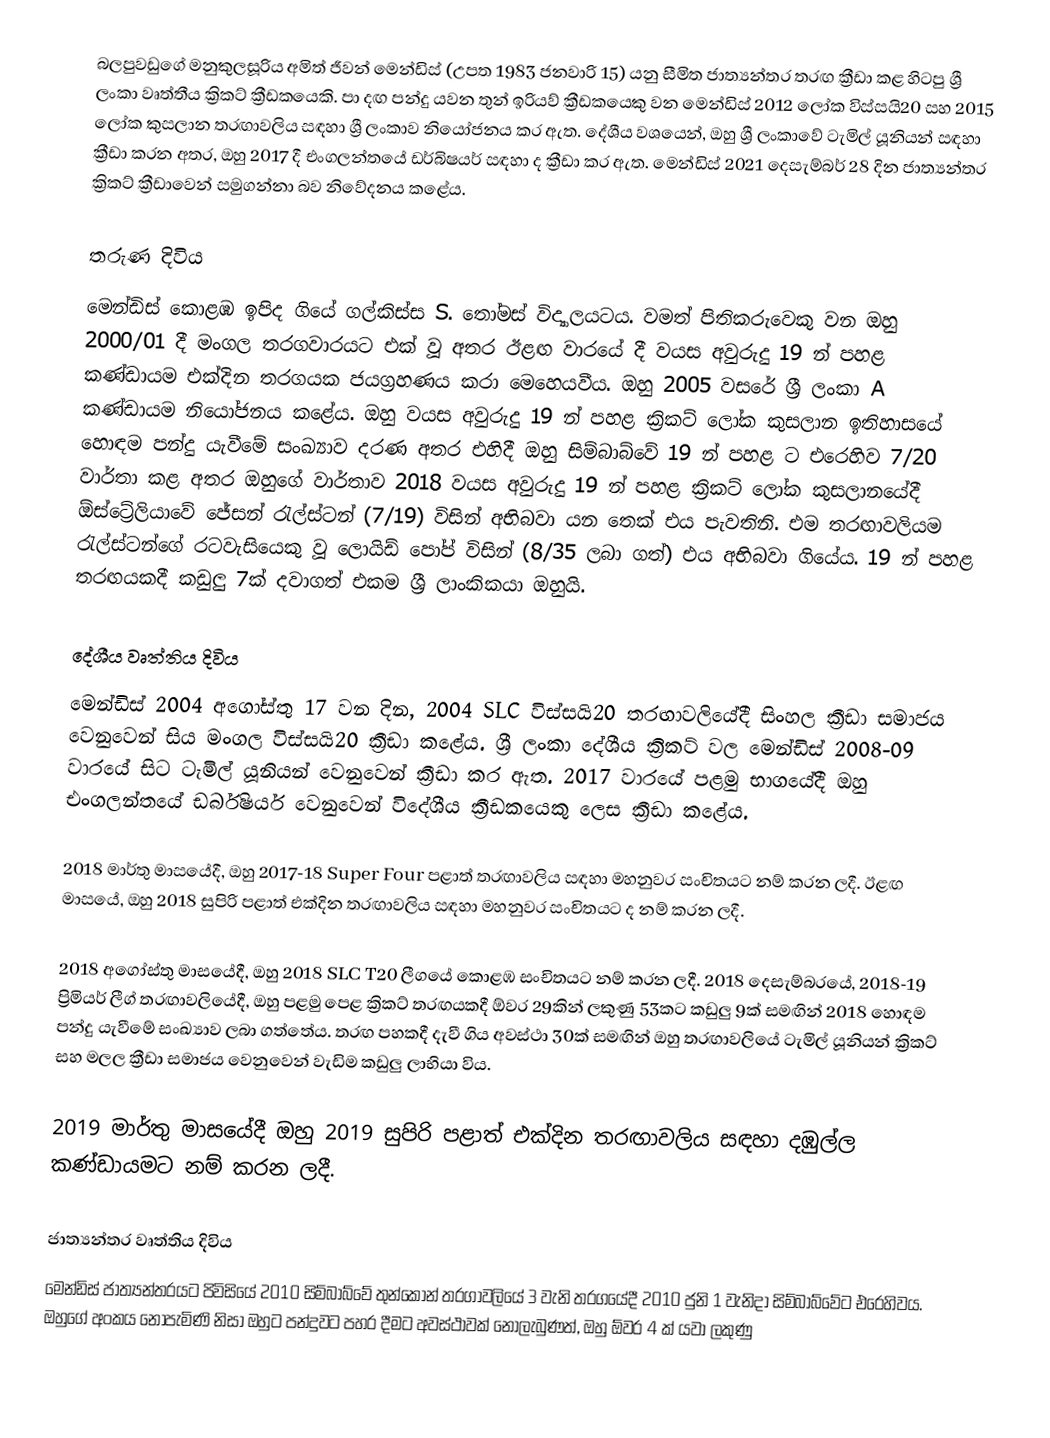
බලපුවඩුගේ මනුකුලසූරිය අමිත් ජීවන් මෙන්ඩිස් (උපත 1983 ජනවාරි 15) යනු සීමිත ජාත්‍යන්තර තරඟ ක්‍රීඩා කළ හිටපු ශ්‍රී ලංකා වෘත්තීය ක්‍රිකට් ක්‍රීඩකයෙකි. පා දඟ පන්දු යවන තුන් ඉරියව් ක්‍රීඩකයෙකු වන මෙන්ඩිස් 2012 ලෝක විස්සයි20 සහ 2015 ලෝක කුසලාන තරඟාවලිය සඳහා ශ්‍රී ලංකාව නියෝජනය කර ඇත. දේශීය වශයෙන්, ඔහු ශ්‍රී ලංකාවේ ටැමිල් යූනියන් සඳහා ක්‍රීඩා කරන අතර, ඔහු 2017 දී එංගලන්තයේ ඩර්බිෂයර් සඳහා ද ක්‍රීඩා කර ඇත. මෙන්ඩිස් 2021 දෙසැම්බර් 28 දින ජාත්‍යන්තර ක්‍රිකට් ක්‍රීඩාවෙන් සමුගන්නා බව නිවේදනය කළේය.

තරුණ දිවිය
මෙන්ඩිස් කොළඹ ඉපිද ගියේ ගල්කිස්ස S. තෝමස් විද්‍යාලයටය. වමත් පිතිකරුවෙකු වන ඔහු 2000/01 දී මංගල තරගවාරයට එක් වූ අතර ඊළඟ වාරයේ දී වයස අවුරුදු 19 න් පහළ කණ්ඩායම එක්දින තරගයක ජයග්‍රහණය කරා මෙහෙයවීය. ඔහු 2005 වසරේ ශ්‍රී ලංකා A කණ්ඩායම නියෝජනය කළේය. ඔහු වයස අවුරුදු 19 න් පහළ ක්‍රිකට් ලෝක කුසලාන ඉතිහාසයේ හොඳම පන්දු යැවීමේ සංඛ්‍යාව දරණ අතර එහිදී ඔහු සිම්බාබ්වේ 19 න් පහළ ට එරෙහිව 7/20 වාර්තා කළ අතර ඔහුගේ වාර්තාව 2018 වයස අවුරුදු 19 න් පහළ ක්‍රිකට් ලෝක කුසලානයේදී ඕස්ට්‍රේලියාවේ ජේසන් රැල්ස්ටන් (7/19) විසින් අභිබවා යන තෙක් එය පැවතිනි. එම තරඟාවලියම රැල්ස්ටන්ගේ රටවැසියෙකු වූ ලොයිඩ් පෝප් විසින් (8/35 ලබා ගත්) එය අභිබවා ගියේය. 19 න් පහළ තරඟයකදී කඩුලු 7ක් දවාගත් එකම ශ්‍රී ලාංකිකයා ඔහුයි.

දේශීය වෘත්තිය දිවිය
මෙන්ඩිස් 2004 අගෝස්තු 17 වන දින, 2004 SLC විස්සයි20 තරඟාවලියේදී සිංහල ක්‍රීඩා සමාජය වෙනුවෙන් සිය මංගල විස්සයි20 ක්‍රීඩා කළේය. ශ්‍රී ලංකා දේශීය ක්‍රිකට් වල මෙන්ඩිස් 2008-09 වාරයේ සිට ටැමිල් යූනියන් වෙනුවෙන් ක්‍රීඩා කර ඇත. 2017 වාරයේ පළමු භාගයේදී ඔහු එංගලන්තයේ ඩර්බිෂයර් වෙනුවෙන් විදේශීය ක්‍රීඩකයෙකු ලෙස ක්‍රීඩා කළේය.

2018 මාර්තු මාසයේදී, ඔහු 2017-18 Super Four පළාත් තරඟාවලිය සඳහා මහනුවර සංචිතයට නම් කරන ලදී. ඊළඟ මාසයේ, ඔහු 2018 සුපිරි පළාත් එක්දින තරඟාවලිය සඳහා මහනුවර සංචිතයට ද නම් කරන ලදී.

2018 අගෝස්තු මාසයේදී, ඔහු 2018 SLC T20 ලීගයේ කොළඹ සංචිතයට නම් කරන ලදී. 2018 දෙසැම්බරයේ, 2018-19 ප්‍රිමියර් ලීග් තරඟාවලියේදී, ඔහු පළමු පෙළ ක්‍රිකට් තරඟයකදී ඕවර 29කින් ලකුණු 53කට කඩුලු 9ක් සමඟින් 2018 හොඳම පන්දු යැවීමේ සංඛ්‍යාව ලබා ගත්තේය. තරඟ පහකදී දැවී ගිය අවස්ථා 30ක් සමඟින් ඔහු තරඟාවලියේ ටැමිල් යූනියන් ක්‍රිකට් සහ මලල ක්‍රීඩා සමාජය වෙනුවෙන් වැඩිම කඩුලු ලාභියා විය.

2019 මාර්තු මාසයේදී ඔහු 2019 සුපිරි පළාත් එක්දින තරඟාවලිය සඳහා දඹුල්ල කණ්ඩායමට නම් කරන ලදී.

ජාත්‍යන්තර වෘත්තිය දිවිය
මෙන්ඩිස් ජාත්‍යන්තරයට පිවිසියේ 2010 සිම්බාබ්වේ තුන්කොන් තරගාවලියේ 3 වැනි තරගයේදී 2010 ජුනි 1 වැනිදා සිම්බාබ්වේට එරෙහිවය. ඔහුගේ අංකය නොපැමිණි නිසා ඔහුට පන්දුවට පහර දීමට අවස්ථාවක් නොලැබුණත්, ඔහු ඕවර 4 ක් යවා ලකුණු